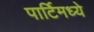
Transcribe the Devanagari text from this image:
पार्टिमध्ये